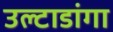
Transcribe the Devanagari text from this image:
उल्टाडांगा